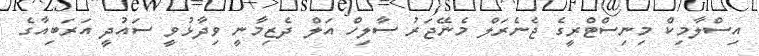
އިސްލާމިކް މިނިސްޓްރީގެ ޖެނެރަލް މެނޭޖަރު ސާލިހް އަލް ދެޒިމާނީ ވިދާޅުވީ ސައުދީ އަރަބިއާގެ